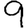
Digit: 9